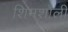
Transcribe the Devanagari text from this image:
शिमशाली